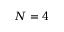
N = 4